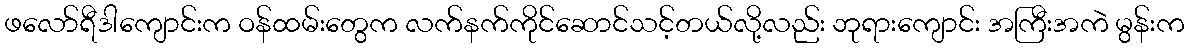
ဖလော်ရီဒါကျောင်းက ဝန်ထမ်းတွေက လက်နက်ကိုင်ဆောင်သင့်တယ်လို့လည်း ဘုရားကျောင်း အကြီးအကဲ မွန်းက